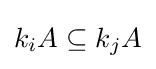
k_{i}A\subseteq k_{j}A